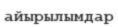
айырылымдар